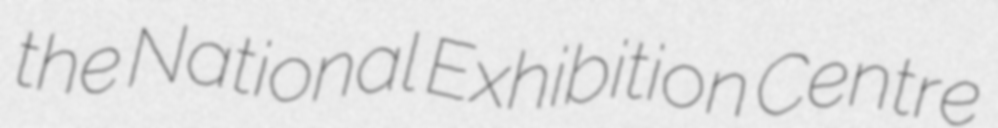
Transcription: the National Exhibition Centre